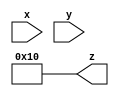
module T07_assign_statement (
    // x is a 4-bit vector net
    input [3:0] x,
    // y is a scalar net (1-bit)
    input y,
    // z is a 5-bit vector net
    output [4:0] z);

    wire [1:0] a;
    wire b;

    // Assume one of the following assignments are chosen in real design
    // If x='hC and y='h1 let us see the value of z

    // Case #1: 4-bits of x and 1 bit of y is concatenated to get a 5-bit net
    // and is assigned to the 5-bit nets of z. So value of z='b11001 or z='h19 (25)
    assign z = {x, y};

    // Case #2: 4-bits of x and 1 bit of y is concatenated to get a 5-bit net
    // and is assigned to selected 3-bits of net z. Remaining 2 bits of z remains
    // undriven and will be high-imp. So value of z='bZ001Z
    assign z[3:1] = {x, y};

    // Case #3: The same statement is used but now bit4 of z is driven with a constant
    // value of 1. Now z = 'b1001Z because only bit0 remains undriven
    assign z[3:1] = {x, y};
    assign z[4] = 1;

    // Case #4: Assume bit3 is driven instead, but now there are two drivers for bit3,
    // and both are driving the same value of 0. So there should be no contention and
    // value of z = 'bZ001Z
    assign z[3:1] = {x, y};
    assign z[3] = 0;

    // Case #5: Assume bit3 is instead driven with value 1, so now there are two drivers
    // with different values, where the first line is driven with the value of X which
    // at the time is 0 and the second assignment where it is driven with value 1, so
    // now it becomes unknown which will win. So z='bZX01Z
    assign z[3:1] = {x, y};
    assign z[3] = 1;

    // Case #6: Partial selection of operands on RHS is also possible and say only 2-bits
    // are chosen from x, then z = 'b00001 because z[4:3] will be driven with 0
    assign z = {x[1:0], y};

    // Case #7: Say we explicitly assign only 3-bits of z and leave remaining unconnected
    // then z = 'bZZ001
    assign z[2:0] = {x[1:0], y};

    // Case #8: Same variable can be used multiple times as well and z = 'b00111
    // 3{y} is the same as {y, y, y}
    assign z = {3{y}};

    // Case #9: LHS can also be concatenated: a is 2-bit vector and b is scalar
    // RHS is evaluated to 11001 and LHS is 3-bit wide so first 3 bits from LSB of RHS
    // will be assigned to LHS. So a = 'b00 and b ='b1
    assign {a, b} = {x, y};

    // Case #10: If we reverse order on LHS keeping RHS same, we get a = 'b01 and b='b0
    assign{a, b} = {x, y};    
endmodule